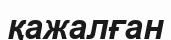
қажалған